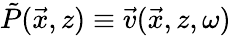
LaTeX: \tilde{P}(\vec{x},z)\equiv\vec{v}(\vec{x},z,\omega)